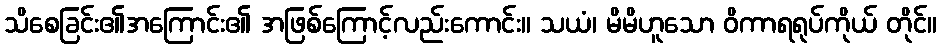
သိစေခြင်း၏အကြောင်း၏ အဖြစ်ကြောင့်လည်းကောင်း။ သယံ၊ မိမိဟူသော ဝိကာရရုပ်ကိုယ် တိုင်။